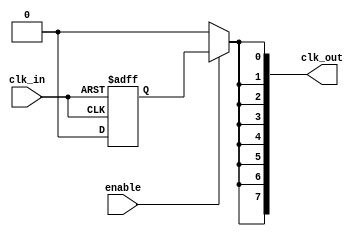
module HighFanoutClockBuffer (
    input wire clk_in,          // Clock input
    input wire enable,          // Enable signal for power management
    output wire [N-1:0] clk_out // Multiple clock outputs
);
    parameter N = 8;            // Number of outputs
    reg clk_buf;                // Buffered clock signal

    // Schmitt trigger-like behavior for input stage
    always @(posedge clk_in or negedge clk_in) begin
        // Simple Schmitt trigger implementation
        if (clk_in) begin
            clk_buf <= 1'b1;
        end else begin
            clk_buf <= 1'b0;
        end
    end

    // Output stage: driving multiple loads
    genvar i;
    generate
        for (i = 0; i < N; i = i + 1) begin : clock_outputs
            assign clk_out[i] = enable ? clk_buf : 1'b0; // Drive output or tri-state
        end
    endgenerate

endmodule